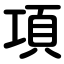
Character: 項